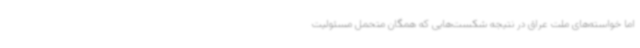
اما خواسته‌های ملت عراق در نتیجه شکست‌هایی که همگان متحمل مسئولیت